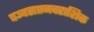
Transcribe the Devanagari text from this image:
पञ्चसप्तनवराशिक